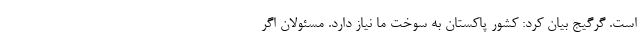
است. گرگیج بیان کرد: کشور پاکستان به سوخت ما نیاز دارد. مسئولان اگر